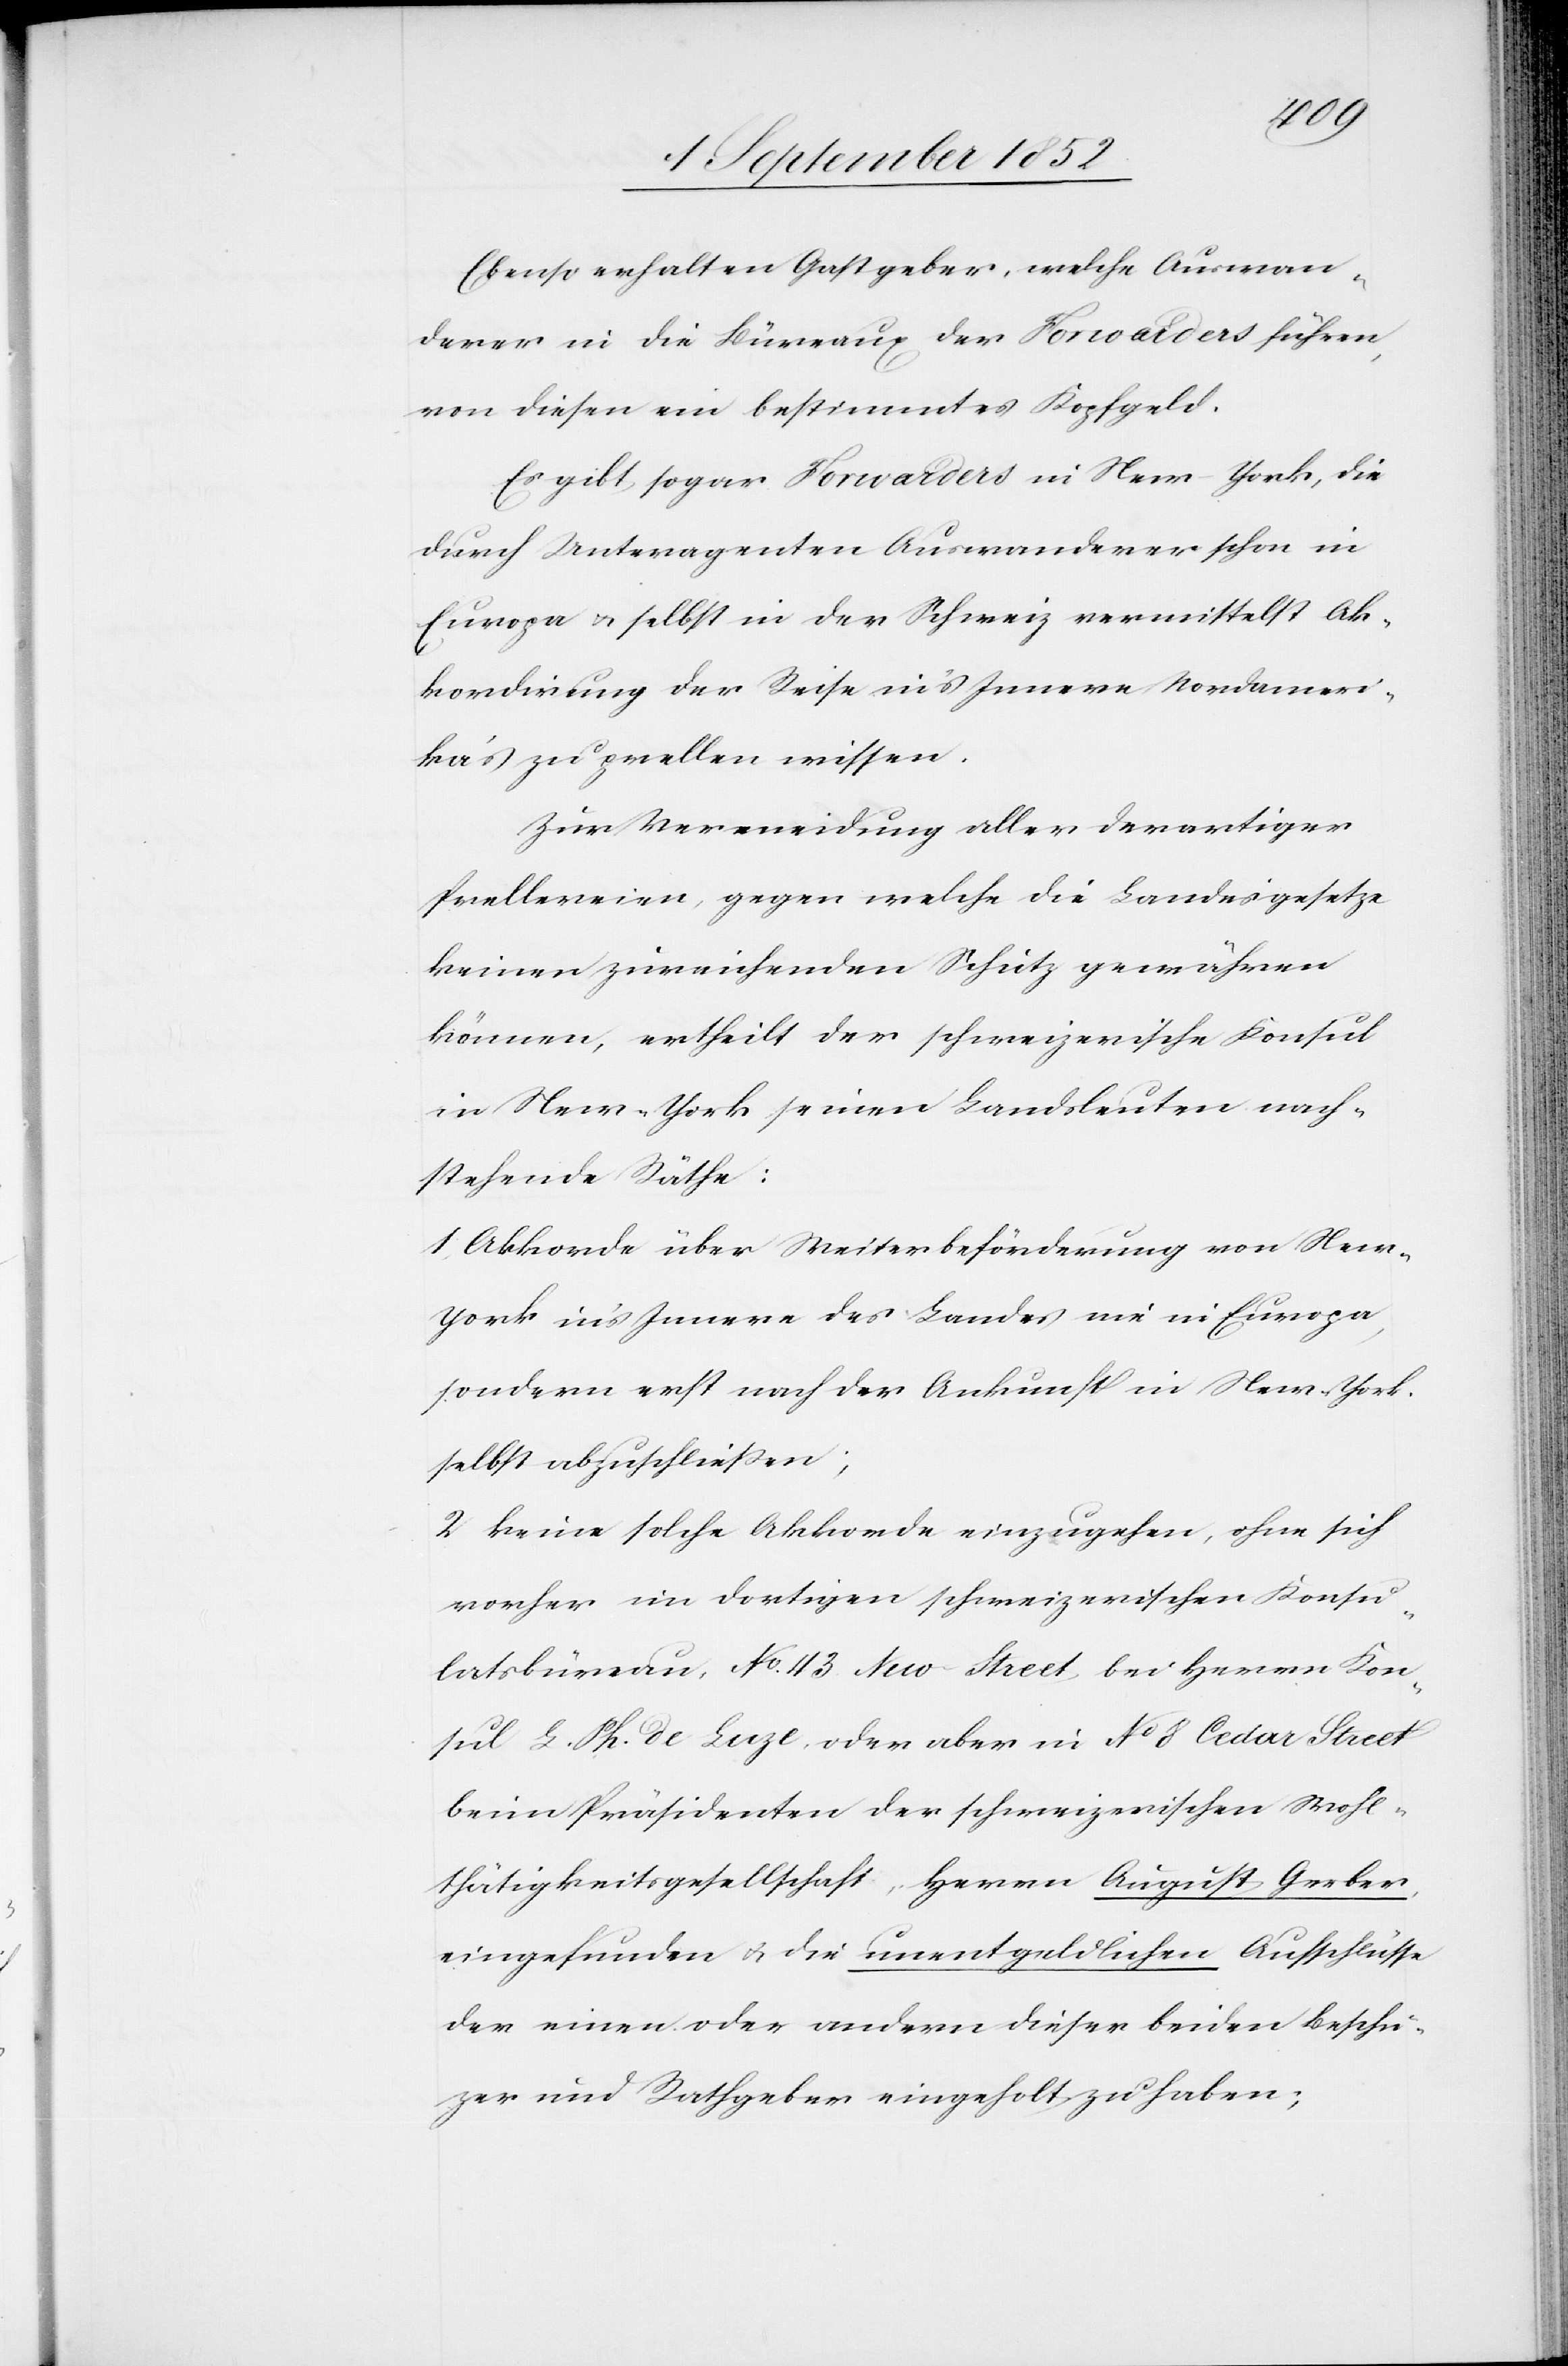
Ebenso erhalten Gastgeber, welche Auswan¬
derer in die Büreaux der Forwarders führen,
von diesen ein bestimmtes Kopfgeld.
Es gibt sogar Forwarders in New-York, die
durch Unteragenten Auswanderer schon in
Europa & selbst in der Schweiz vermittelst Ak¬
kordirung der Reise in’s Innere Nordameri¬
ka’s zu prellen wissen.[“]
Zur Vermeidung aller derartiger
Prellereien, gegen welche die Landesgesetze
keinen zureichenden Schutz gewähren
können, ertheilt der schweizerische Konsul
in New-York seinen Landsleuten nach¬
stehende Räthe:
1. Akkorde über Weiterbeförderung von Ne¬
w-York in’s Innere des Landes nie in Europa,
sondern erst nach der Ankunft in New-York
selbst abzuschließen;
2 keine solche Akkorde einzugehen, ohne sich
vorher im dortigen schweizerischen Konsu¬
latsbüreau, No. 43. New-Street bei Herrn Kon¬
sul L. Ph. de Luze, oder aber in No 8 Cedar Street
beim Präsidenten der schweizerischen Wohl¬
thätigkeitsgesellschaft, Herrn August Gerber,
eingefunden & die unentgeldlichen Aufschlüsse
der einen oder andern dieser beiden Besch¬
ü[t]zer und Rathgeber eingeholt zu haben;